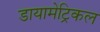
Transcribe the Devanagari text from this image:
डायामेट्रिकल